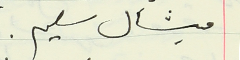
ميشال سليم.